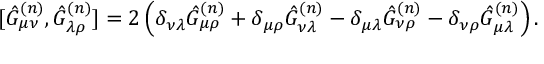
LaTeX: [ \hat { G } _ { \mu \nu } ^ { ( n ) } , \hat { G } _ { \lambda \rho } ^ { ( n ) } ] = 2 \left( \delta _ { \nu \lambda } \hat { G } _ { \mu \rho } ^ { ( n ) } + \delta _ { \mu \rho } \hat { G } _ { \nu \lambda } ^ { ( n ) } - \delta _ { \mu \lambda } \hat { G } _ { \nu \rho } ^ { ( n ) } - \delta _ { \nu \rho } \hat { G } _ { \mu \lambda } ^ { ( n ) } \right) .